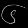
Digit: ၆